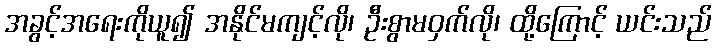
အခွင့်အရေးကိုယူ၍ အနိုင်မကျင့်လို၊ ဦးစွာမဝှက်လို၊ ထို့ကြောင့် ယင်းသည်